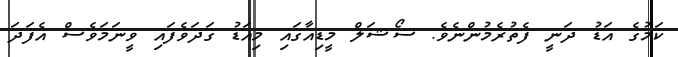
ކަމުގެ އަޑު ދަނީ ފެތުރެމުންނެވެ. ސޯޝަލް މީޑިއާގައި މިއަޑު ގަދަވެފައި ވީނަމަވެސް އެފަދަ